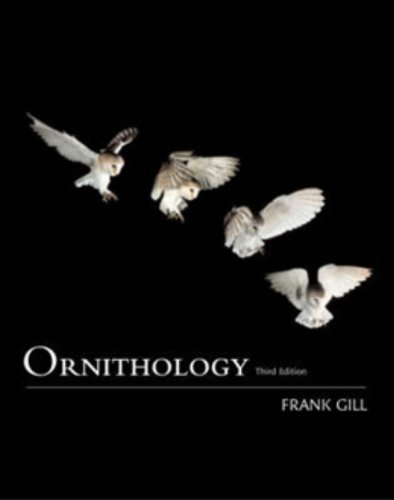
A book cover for Ornithology; Frank B. Gill; Science & Math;